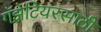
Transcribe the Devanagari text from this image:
गॅझेटियरसाठी